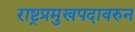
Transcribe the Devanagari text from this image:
राष्ट्रप्रमुखपदावरुन